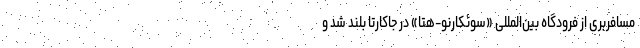
مسافربری از فرودگاه بین‌المللی «سوئکارنو-هتا» در جاکارتا بلند شد و